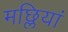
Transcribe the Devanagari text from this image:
मछ्लियां